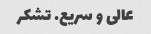
عالی و سریع. تشکر